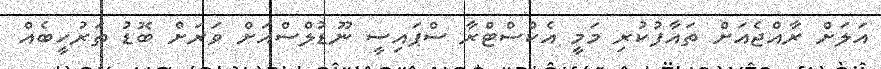
އަލަށް ރާއްޖެއަށް ތައާފުކުރި މަމީ އެކްސްޓްރާ ސްޕައިސީ ނޫޑުލްސްއަށް ވަރަށް ބޮޑު ތަރުހީބެއް